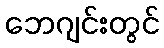
ဘေဂျင်းတွင်